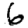
Digit: 6